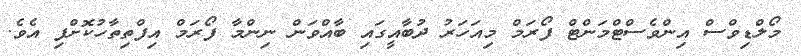
މޯލްޑިވްސް އިންވެސްޓްމަންޓް ފޯރަމް މިއަހަރު ދުބާއީގައި ބާއްވަން ނިންމާ ފޯރަމް އިފްތިތާހުކޮށްފި އެވެ.